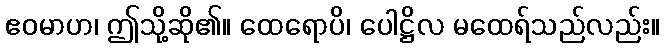
ဧဝမာဟ၊ ဤသို့ဆို၏။ ထေရောပိ၊ ပေါဋ္ဌိလ မထေရ်သည်လည်း။